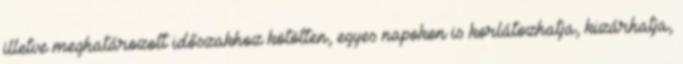
illetve meghatározott időszakhoz kötötten, egyes napokon is korlátozhatja, kizárhatja,